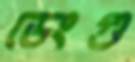
ডেংগু